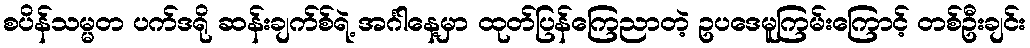
စပိန်သမ္မတ ပက်ဒရို ဆန်းချက်စ်ရဲ့ အင်္ဂါနေ့မှာ ထုတ်ပြန်ကြေညာတဲ့ ဥပဒေမူကြမ်းကြောင့် တစ်ဦးချင်း